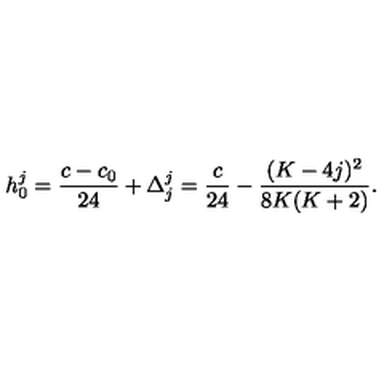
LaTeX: h _ { 0 } ^ { j } = { \frac { c - c _ { 0 } } { 2 4 } } + \Delta _ { j } ^ { j } = { \frac { c } { 2 4 } } - { \frac { ( K - 4 j ) ^ { 2 } } { 8 K ( K + 2 ) } } { } .